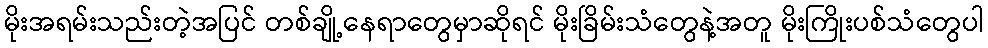
မိုးအရမ်းသည်းတဲ့အပြင် တစ်ချို့နေရာတွေမှာဆိုရင် မိုးခြိမ်းသံတွေနဲ့အတူ မိုးကြိုးပစ်သံတွေပါ